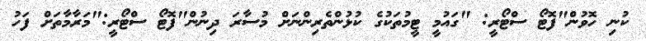
ކުނި ހޮވުން"ފޮޓޯ ސްޓޯރީ: "ގައުމީ ޓީމުތަކުގެ ކުޅުންތެރިންނަށް މުސާރަ ދިނުން"ފޮޓޯ ސްޓޯރީ:"މަރާމާތަށް ފަހު